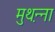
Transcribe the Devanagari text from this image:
मुथ़न्ना